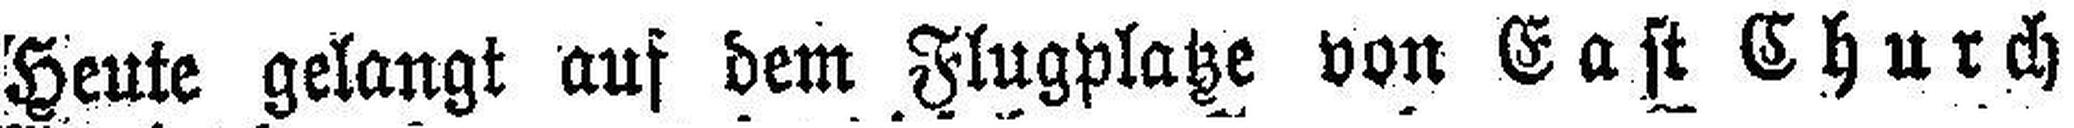
Heute gelangt auf dem Flugplatze von East Church